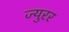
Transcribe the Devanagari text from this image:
ज्युरर